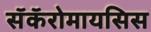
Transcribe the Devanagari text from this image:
सॅकॅरोमायसिस